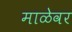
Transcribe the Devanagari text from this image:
माळेवर